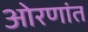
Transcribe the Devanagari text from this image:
ओरणांत